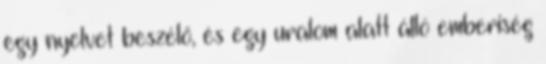
egy nyelvet beszélő, és egy uralom alatt álló emberiség